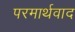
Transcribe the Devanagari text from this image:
परमार्थवाद